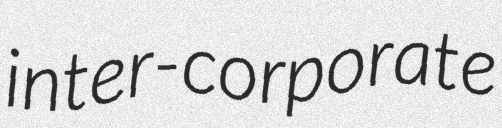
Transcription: inter-corporate